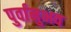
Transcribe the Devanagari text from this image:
पुर्वानुभव